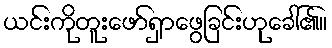
ယင်းကိုတူးဖော်ရှာဖွေခြင်းဟုခေါ်၏။